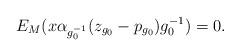
LaTeX: \begin{align*}E_M(x\alpha_{g_0^{-1}}(z_{g_0}-p_{g_0})g_0^{-1})=0.\end{align*}